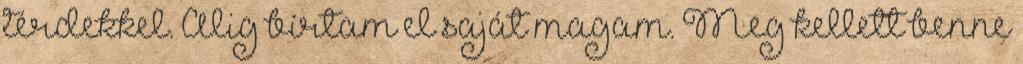
térdekkel. Alig bírtam el saját magam. Meg kellett benne